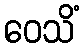
ဝေသိံ